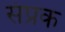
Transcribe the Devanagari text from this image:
संप्रक